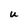
Character: U